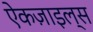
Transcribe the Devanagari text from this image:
ऐकज़ाइल्स